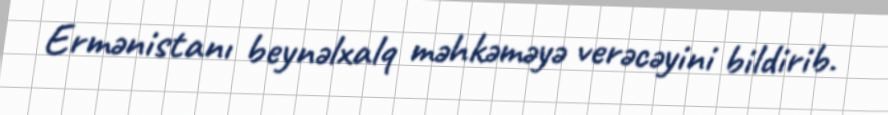
Ermənistanı beynəlxalq məhkəməyə verəcəyini bildirib.